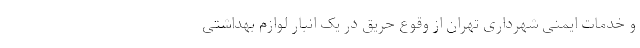
و خدمات ایمنی شهرداری تهران از وقوع حریق در یک انبار لوازم بهداشتی